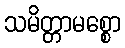
သမိတ္တာမစ္စော